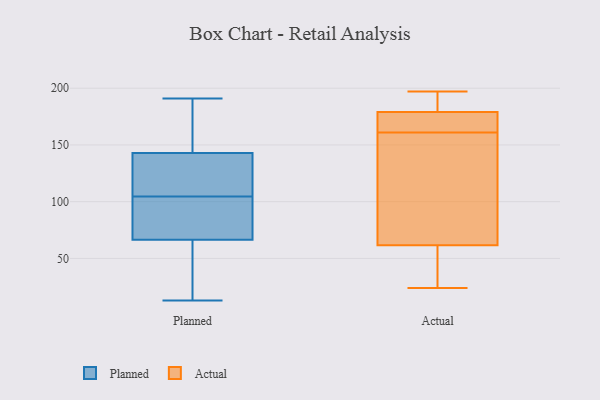
{"axis": {"x": "Churn Rate (%)", "y": "Value"}, "legend": ["Actual", "Planned"], "data": [{"x": "", "y": 191, "type": "Planned"}, {"x": "", "y": 111, "type": "Planned"}, {"x": "", "y": 54, "type": "Planned"}, {"x": "", "y": 98, "type": "Planned"}, {"x": "", "y": 112, "type": "Planned"}, {"x": "", "y": 79, "type": "Planned"}, {"x": "", "y": 20, "type": "Planned"}, {"x": "", "y": 182, "type": "Planned"}, {"x": "", "y": 83, "type": "Planned"}, {"x": "", "y": 142, "type": "Planned"}, {"x": "", "y": 114, "type": "Planned"}, {"x": "", "y": 94, "type": "Planned"}, {"x": "", "y": 144, "type": "Planned"}, {"x": "", "y": 41, "type": "Planned"}, {"x": "", "y": 13, "type": "Planned"}, {"x": "", "y": 155, "type": "Planned"}, {"x": "", "y": 169, "type": "Actual"}, {"x": "", "y": 51, "type": "Actual"}, {"x": "", "y": 41, "type": "Actual"}, {"x": "", "y": 119, "type": "Actual"}, {"x": "", "y": 179, "type": "Actual"}, {"x": "", "y": 47, "type": "Actual"}, {"x": "", "y": 45, "type": "Actual"}, {"x": "", "y": 196, "type": "Actual"}, {"x": "", "y": 166, "type": "Actual"}, {"x": "", "y": 197, "type": "Actual"}, {"x": "", "y": 24, "type": "Actual"}, {"x": "", "y": 93, "type": "Actual"}, {"x": "", "y": 144, "type": "Actual"}, {"x": "", "y": 179, "type": "Actual"}, {"x": "", "y": 162, "type": "Actual"}, {"x": "", "y": 160, "type": "Actual"}, {"x": "", "y": 189, "type": "Actual"}, {"x": "", "y": 187, "type": "Actual"}, {"x": "", "y": 178, "type": "Actual"}, {"x": "", "y": 72, "type": "Actual"}]}